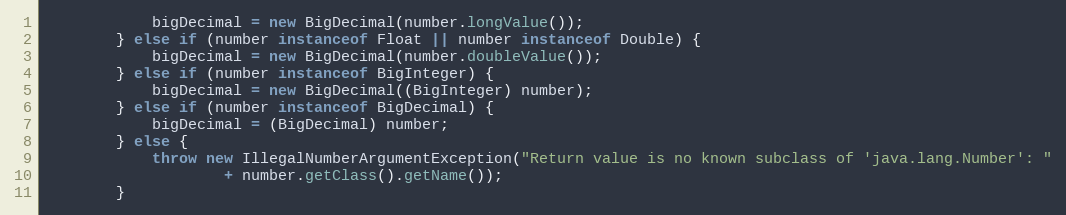
Language: Java
			bigDecimal = new BigDecimal(number.longValue());
		} else if (number instanceof Float || number instanceof Double) {
			bigDecimal = new BigDecimal(number.doubleValue());
		} else if (number instanceof BigInteger) {
			bigDecimal = new BigDecimal((BigInteger) number);
		} else if (number instanceof BigDecimal) {
			bigDecimal = (BigDecimal) number;
		} else {
			throw new IllegalNumberArgumentException("Return value is no known subclass of 'java.lang.Number': "
					+ number.getClass().getName());
		}